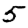
Digit: 5